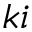
k i